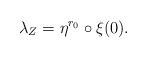
LaTeX: \begin{align*} \lambda_{Z} = \eta^{r_0}\circ \xi(0). \end{align*}